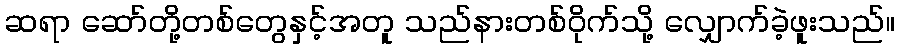
ဆရာ ဆော်တို့တစ်တွေနှင့်အတူ သည်နားတစ်ဝိုက်သို့ လျှောက်ခဲ့ဖူးသည်။